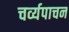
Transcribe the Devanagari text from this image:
चर्व्यपाचन